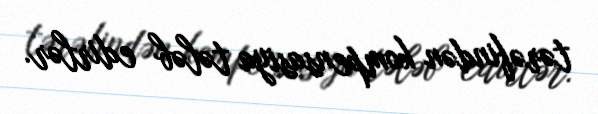
tərəfindən kompensasiya tələb edirlər.